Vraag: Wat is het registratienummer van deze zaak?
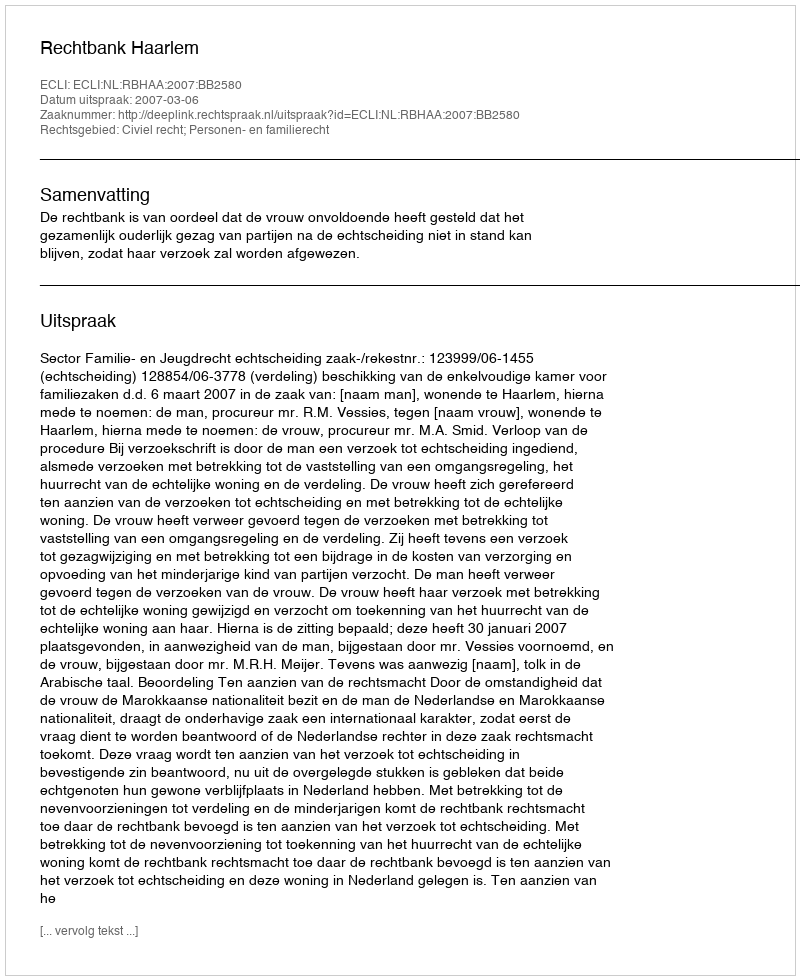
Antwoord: http://deeplink.rechtspraak.nl/uitspraak?id=ECLI:NL:RBHAA:2007:BB2580